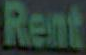
Rent